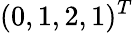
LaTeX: (0,1,2,1)^{T}